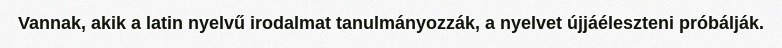
Vannak, akik a latin nyelvű irodalmat tanulmányozzák, a nyelvet újjáéleszteni próbálják.